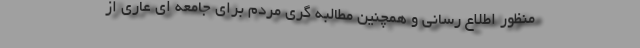
منظور اطلاع رسانی و همچنین مطالبه گری مردم برای جامعه ای عاری از